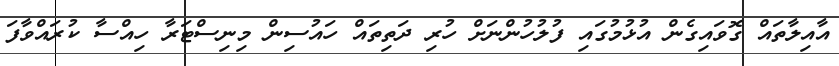
އާއިލާތައް ގޮވައިގެން އުޅުމުގައި ފުލުހުންނަށް ހުރި ދަތިތައް ހައުސިން މިނިސްޓަރާ ހިއްސާ ކުރައްވާފަ